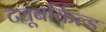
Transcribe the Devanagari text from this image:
ट्यूबर्किल्ड